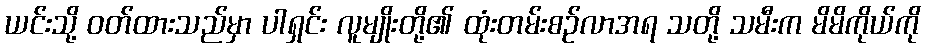
ယင်းသို့ ဝတ်ထားသည်မှာ ပါရှင်း လူမျိုးတို့၏ ထုံးတမ်းစဉ်လာအရ သတို့ သမီးက မိမိကိုယ်ကို